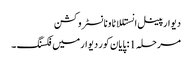
دیوار پینل انستللاٹاونانسٹروکشن
مرحلہ 1: پایان کور دیوار میں فکسنگ ۔